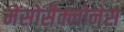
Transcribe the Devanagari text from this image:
मेंसोसैक्लोनेस